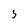
Character: 3